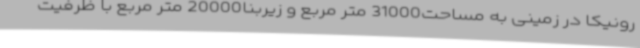
رونیکا در زمینی به مساحت31000 متر مربع و زیربنا20000 متر مربع با ظرفیت